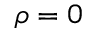
\rho = 0